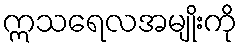
ဣသရေလအမျိုးကို